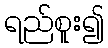
ရည်စူး၍